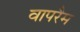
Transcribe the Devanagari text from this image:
वापरैम